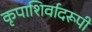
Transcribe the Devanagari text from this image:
कृपाशिर्वादरूपी